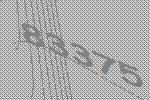
83375